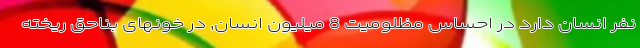
نفر انسان دارد در احساس مظلومیت 8 میلیون انسان, در خونهای بناحق ریخته